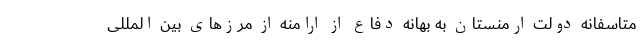
متاسفانه دولت ارمنستان به بهانه دفاع از ارامنه از مرزهای بین المللی